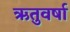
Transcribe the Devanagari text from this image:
ऋतुवर्षा